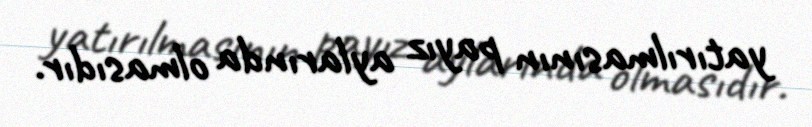
yatırılmasının payız aylarında olmasıdır.